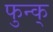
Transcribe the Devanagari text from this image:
फुन्क्